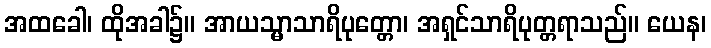
အထခေါ၊ ထိုအခါ၌။ အာယသ္မာသာရိပုတ္တော၊ အရှင်သာရိပုတ္တရာသည်။ ယေန၊